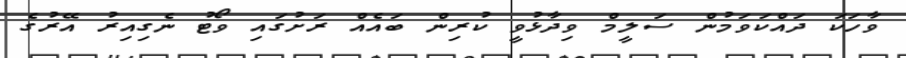
ވާހަކަ ދައްކަވަމުން ސަލީމް ވިދާޅުވީ ކުރިން ބައެއް ރަށުގައި ވޯޓު ނެގިއިރު އޭރުގެ